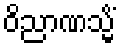
ဝိညာဏသ္မိံ